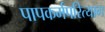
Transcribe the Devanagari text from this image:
पापकर्मपरित्याग